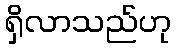
ရှိလာသည်ဟု